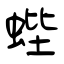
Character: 蜌